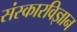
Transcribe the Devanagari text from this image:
संस्कारविज्ञान